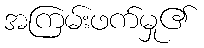
အကြမ်းဖက်မှု၏